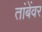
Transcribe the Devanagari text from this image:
तांबेंवर